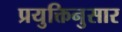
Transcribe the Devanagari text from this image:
प्रयुक्तिनुसार